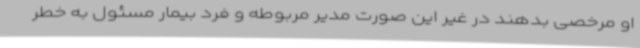
او مرخصی بدهند در غیر این صورت مدیر مربوطه و فرد بیمار مسئول به خطر